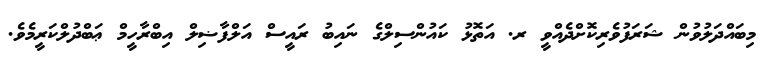
މިބައްދަލުވުން ޝަރަފުވެރިކޮށްދެއްވީ ރ. އަތޮޅު ކައުންސިލްގެ ނައިބު ރައީސް އަލްފާޟިލް އިބްރާހީމް ޢަބްދުލްކަރީމެވެ.